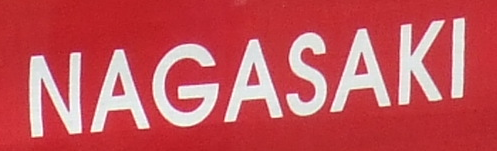
NAGASAKI